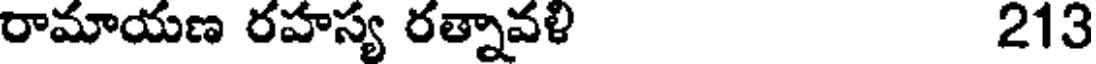
రామాయణ రహస్య రత్నావళి 213